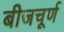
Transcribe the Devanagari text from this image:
बीजचूर्ण